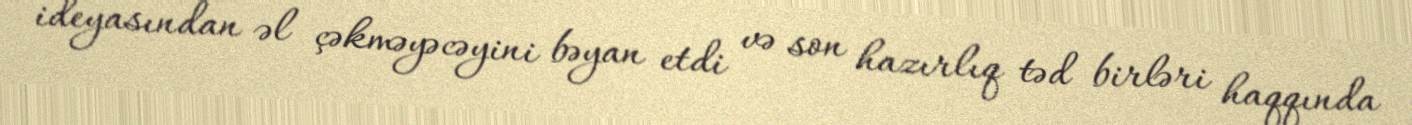
ideyasından əl çəkməyəcəyini bəyan etdi və son hazırlıq təd birləri haqqında